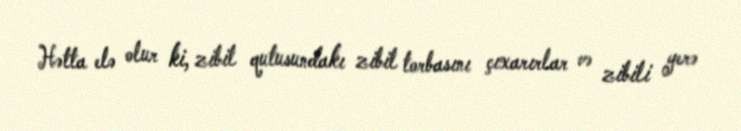
Hətta elə olur ki, zibil qutusundakı zibil torbasını çıxarırlar və zibili yerə